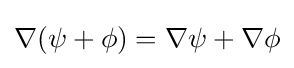
\nabla (\psi +\phi )=\nabla \psi +\nabla \phi